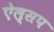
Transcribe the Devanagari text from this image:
ऐल्सप